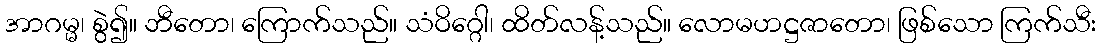
အာဂမ္မ၊ စွဲ၍။ ဘီတော၊ ကြောက်သည်။ သံဝိဂ္ဂေါ၊ ထိတ်လန့်သည်။ လောမဟဋ္ဌဇာတော၊ ဖြစ်သော ကြက်သီး